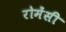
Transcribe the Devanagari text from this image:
रोमेंसी